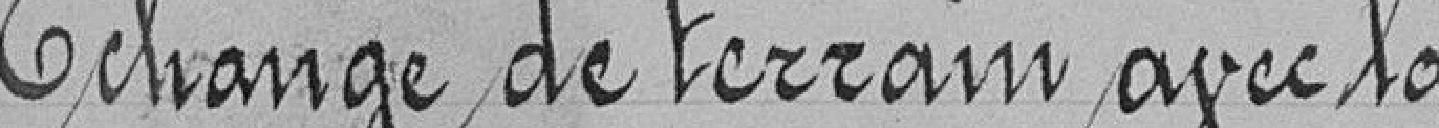
Echange de terrain avec la